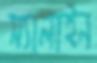
স্যালাইন